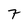
Character: 7